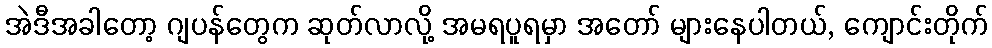
အဲဒီအခါတော့ ဂျပန်တွေက ဆုတ်လာလို့ အမရပူရမှာ အတော် များနေပါတယ်, ကျောင်းတိုက်